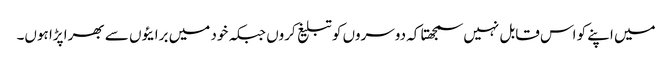
میں اپنے کو اس قابل نہیں سمجھتا کہ دوسروں کو تبلیغ کروں جبکہ خود میں برایئوں سے بھرا پڑا ہوں۔